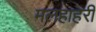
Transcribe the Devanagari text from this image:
मलहाहरी